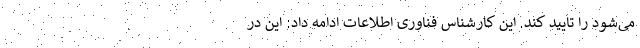
می‌شود را تایید کند. این کارشناس فناوری اطلاعات ادامه داد: این در